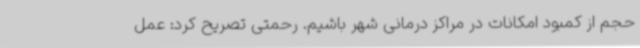
حجم از کمبود امکانات در مراکز درمانی شهر باشیم. رحمتی تصریح کرد: عمل